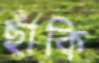
ছাঁকি